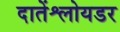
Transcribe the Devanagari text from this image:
दातेंश्लोयडर